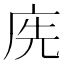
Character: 𢈇